Civil Veterinary Dept. Bombay admin report 1900-1906 - 1900-1906
Year: 1900
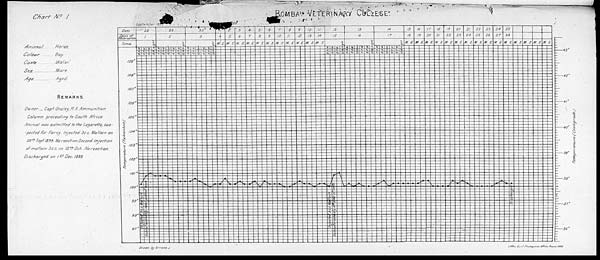
Chart No. 1
Animal
Co/our
Cast
Sex ... ...
Age .. ..
Horse
Boy.
Naier.
Mare.
Aged.
REMARKS
Owner _ Capt Onsiey, R A Ammunition
Column proceeding
to South
Africa
Animal was admitted to the Lagaretto, Sus
pected for Farcy injected see Mallein on
28 th Sept 1399 No reaction Second injection
of mallem
See on 12 th Oct No reaction.
Discharged
on 1 st Dec. 1899